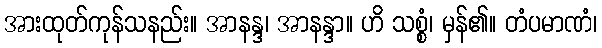
အားထုတ်ကုန်သနည်း။ အာနန္ဒ၊ အာနန္ဒာ။ ဟိ သစ္စံ၊ မှန်၏။ တံပမာဏံ၊